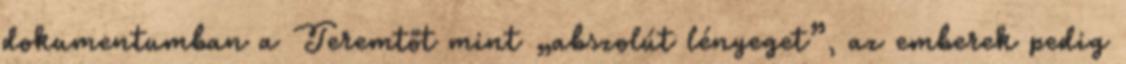
dokumentumban a Teremtőt mint „abszolút lényeget”, az emberek pedig